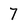
Character: 7